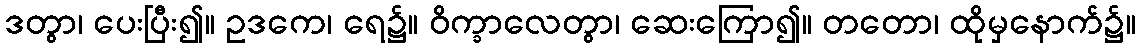
ဒတွာ၊ ပေးပြီး၍။ ဥဒကေ၊ ရေ၌။ ဝိက္ခာလေတွာ၊ ဆေးကြော၍။ တတော၊ ထိုမှနောက်၌။